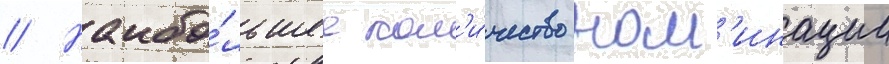
// Наибо́льшее кол'и́чество ном'инации